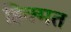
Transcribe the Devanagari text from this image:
हिक्मत